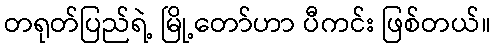
တရုတ်ပြည်ရဲ့ မြို့တော်ဟာ ပီကင်း ဖြစ်တယ်။